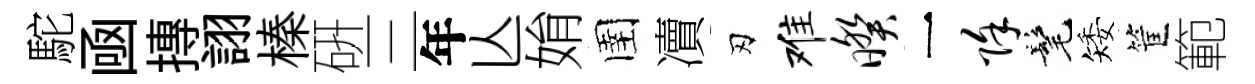
駝凾摶詡榛硏三年亾姢圉凟刃难暌一除髦矮筐範